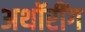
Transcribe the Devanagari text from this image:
अथॉरींग